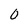
Character: 0